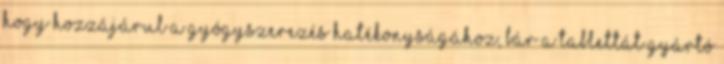
hogy hozzájárul a gyógyszerezés hatékonyságához, bár a tablettát gyártó